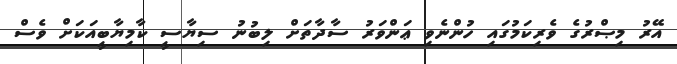
އޭރު މިޞްރުގެ ވެރިކަމުގައި ހުންނެވި ޢަންވަރު ސާދާތަށް ލިބުނު ސިޔާސީ ކާމިޔާބީއަކަށް ވެސް